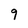
Character: 9